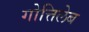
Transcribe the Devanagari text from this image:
गोत्तिलेब